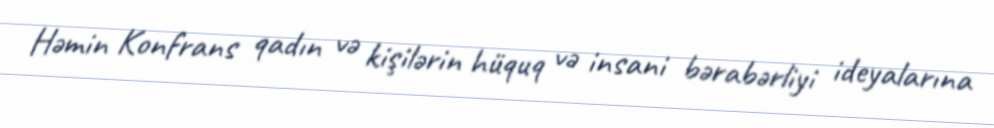
Həmin Konfrans qadın və kişilərin hüquq və insani bərabərliyi ideyalarına